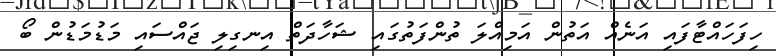
ހިފަހައްޓާފައި އަނެއް އަތުން އަމިއްލަ ތުންފަތުގައި ޝަހާދަތް އިނގިލި ޖައްސައި މަޑުމަޑުން ބޯ